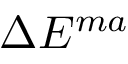
\Delta E ^ { m a }